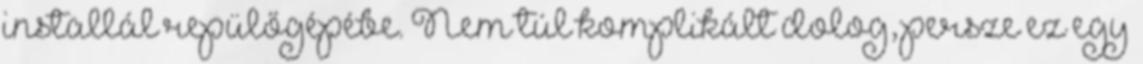
installál repülőgépébe. Nem túl komplikált dolog, persze ez egy